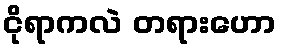
ငိုရာကလဲ တရားဟော